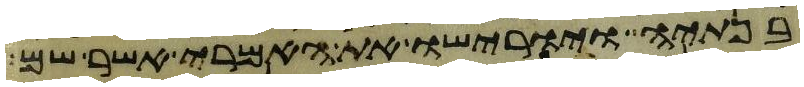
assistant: בנתיה ויורישו את האמרי אשר שם